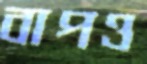
বাপও